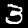
Digit: 3